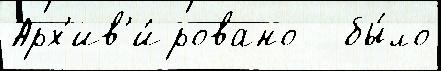
Арх'ив'и́ровано   бы́ло